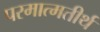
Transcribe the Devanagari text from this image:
परमात्मतीर्थ